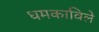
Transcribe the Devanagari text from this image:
धमकाविले